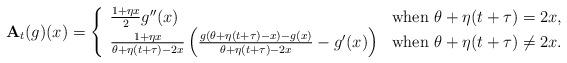
LaTeX: \begin{align*} \mathbf{A}_t(g)(x)= \left\{ \begin{array}{ll} \tfrac{1+\eta x}{2}g''(x) & \textrm{when $\theta+\eta(t+\tau)=2x$,}\\ \tfrac{1+\eta x}{\theta+\eta(t+\tau)-2x}\left(\tfrac{g(\theta+\eta(t+\tau)-x)-g(x)}{\theta+\eta(t+\tau)-2x}-g'(x)\right)& \textrm{when $\theta+\eta(t+\tau)\ne 2x$.} \end{array} \right.\end{align*}